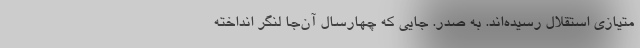
متیازی استقلال رسیده‌اند. به صدر. جایی که چهارسال آن‌جا لنگر انداخته